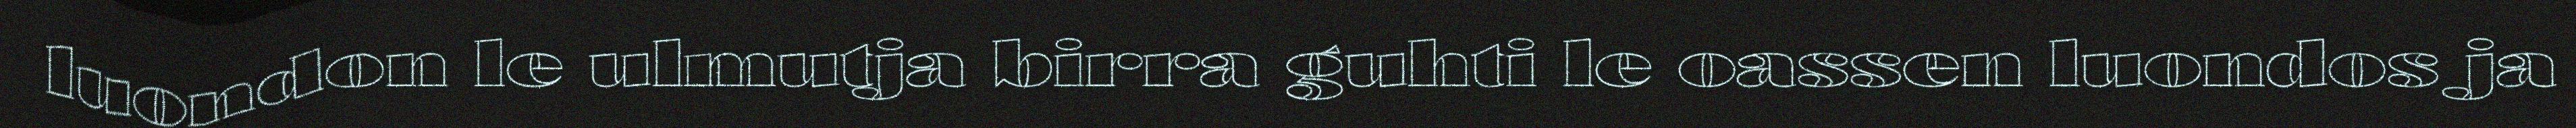
luondon le ulmutja birra guhti le oassen luondos ja